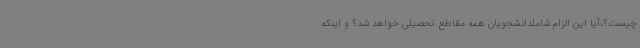
چیست؟،آیا این الزام شاملدانشجویان همه مقاطع تحصیلی خواهد شد؟ و اینکه